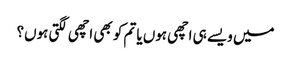
میں ویسے ہی اچھی ہوں یا تم کو بھی اچھی لگتی ہوں؟